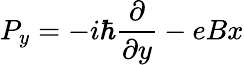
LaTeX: P_{y}=-i\hbar\frac{\partial}{\partial y}-eBx